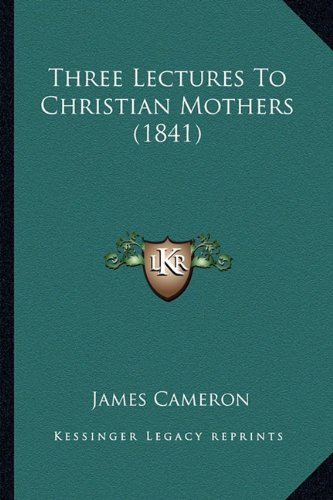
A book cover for Three Lectures To Christian Mothers (1841); James Cameron; Literature & Fiction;